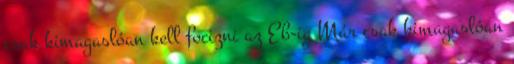
csak kimagaslóan kell focizni az Eb-ig Már csak kimagaslóan